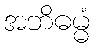
အဘိဓမ္မံ